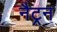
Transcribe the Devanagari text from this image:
नैट्रन